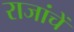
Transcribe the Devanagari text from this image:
राजांचें